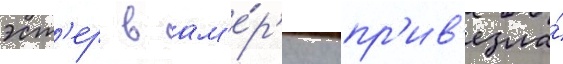
эст'ер в ам'е́р'ику пр'ив'езла́